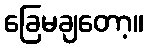
ခြေမချတော့။